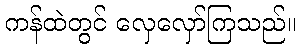
ကန်ထဲတွင် လှေလှော်ကြသည်။